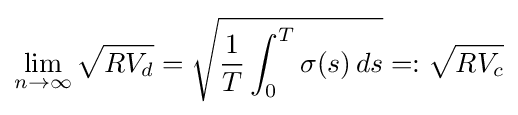
\lim _{n\to \infty }{\sqrt {RV_{d}}}={\sqrt {{\frac {1}{T}}\int _{0}^{T}\sigma (s)\,ds}}=:{\sqrt {RV_{c}}}